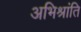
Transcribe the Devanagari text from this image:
अभिश्रांति